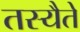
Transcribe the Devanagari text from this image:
तस्यैते